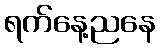
ရက်နေ့ညနေ